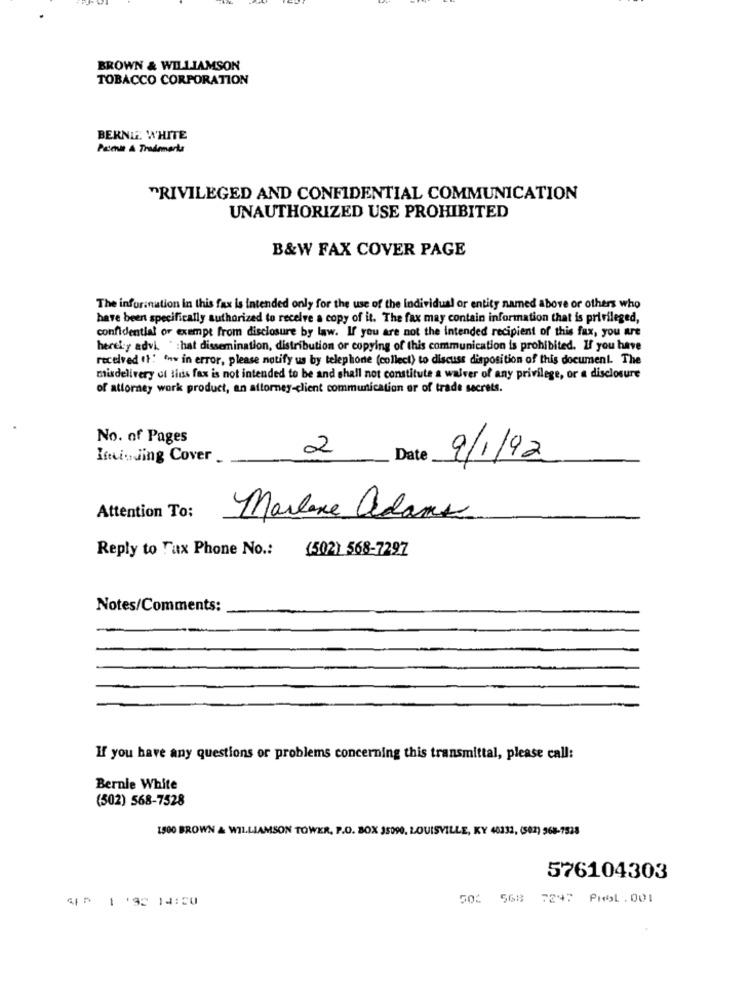
BROWN & WILLIAMSON
TOBACCO CORPORATION
BERNIE WHITE
Patenit & Trademarka
PRIVILEGED AND CONFIDENTIAL COMMUNICATION
UNAUTHORIZED USE PROHIBITED
B&W FAX COVER PAGE
The infurination in this fax is intended only for the use of the Individual or entity named above or others who
have been specifically authorized to receive a copy of it. The fax may contain information that is privileged,
confidential or exempt from disclosure by law. If you are not the intended recipient of this fax, you are
hereisy advl " :hat dissemination, distribution or copying of this communication is prohibited. If you have
received 11: "nw in error, please notify us by telephone (collect) to discuss disposition of this document. The
misdelivery of titis fax is not intended to be and shall not constitute a waiver of any privilege, or a disclosure
of attorney work product, an attorney-client communication or of trade secrets.
No. of Pages
2
Including Cover
Date
9/1/92
Attention To:
Marlene adams
Reply to Tux Phone No .: (502) 568-7297
Notes/Comments:
If you have any questions or problems concerning this transmittal, please call:
Bernie White
(502) 568-7528
1500 BROWN & WILLIAMSON TOWER, P.O. BOX 35090, LOUISVILLE, KY 40232, (502) 968-7528
576104303
501 568 7297 PHAL.001
C| = 1 '32 14:20